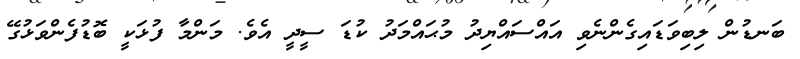
ބަނޑުން ލިބިވަޑައިގެންނެވި އައްސައްޔިދު މުޙައްމަދު ކުޑަ ސީދީ އެވެ. މަންމާ ފުޅަކީ ބޮޑުފެންވަޅުގޭ